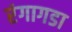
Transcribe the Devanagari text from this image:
रंगागडा